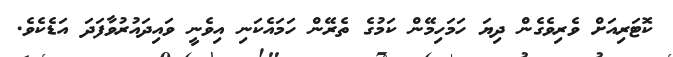
ކޮޓަރިއަށް ވެރިވެގެން ދިޔަ ހަމަހިމޭން ކަމުގެ ތެރޭން ހަމައެކަނި އިވެނީ ވައިދައުރުވާފަދަ އަޑެކެވެ.